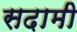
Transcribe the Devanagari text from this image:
सदामी